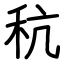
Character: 秔